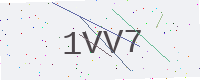
Text: 1VV7